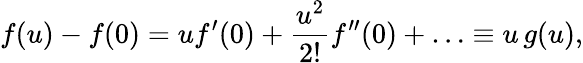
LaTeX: f(u)-f(0)=uf^{\prime}(0)+\frac{u^{2}}{2!}f^{\prime\prime}(0)+\ldots\equiv u\, g(u),